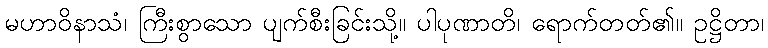
မဟာဝိနာသံ၊ ကြီးစွာသော ပျက်စီးခြင်းသို့။ ပါပုဏာတိ၊ ရောက်တတ်၏။ ဥဋ္ဌိတာ၊